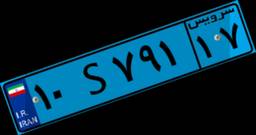
۰۶S۶۵۶۷۹